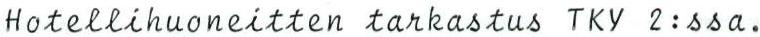
Hotellihuoneitten tarkastus Tky 2:ssa.